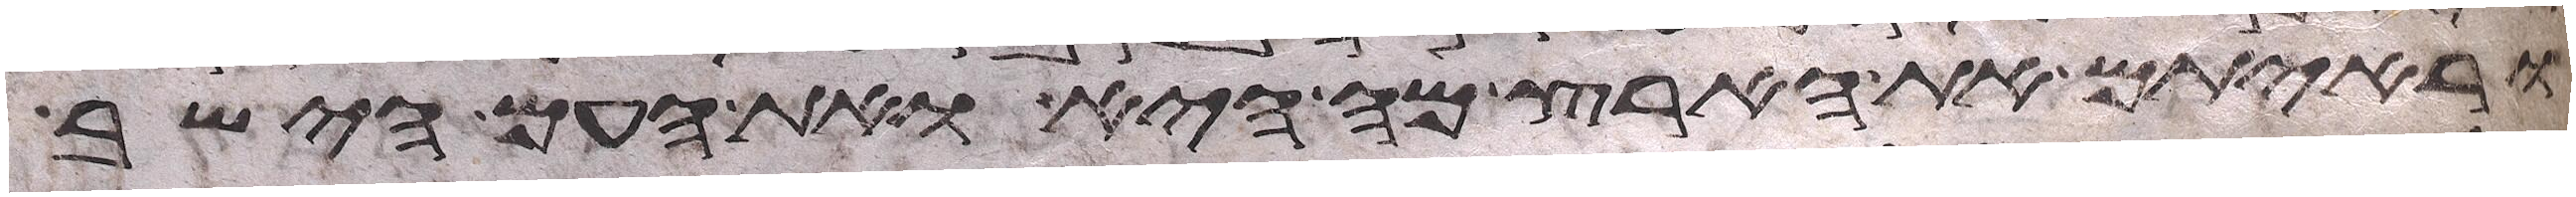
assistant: וראיתם את הארץ מה היא ואת העם הישב